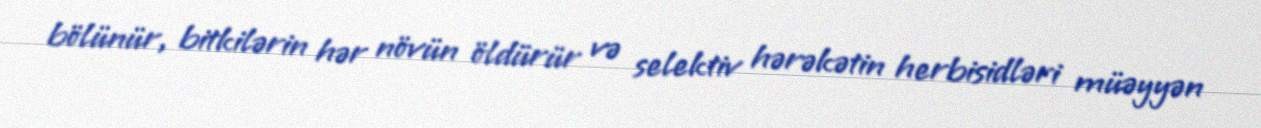
bölünür, bitkilərin hər növün öldürür və selektiv hərəkətin herbisidləri müəyyən